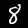
Label: 8